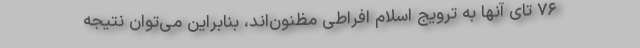
۷۶ تای آنها به ترویج اسلام افراطی مظنون‌اند، بنابراین می‌توان نتیجه